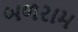
બળરામ